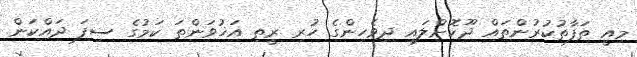
މިއީ ތަފާތުކުރުންތައް ދޫކޮށްލައި ދިވެހިންގެ ހުރި ރީތި އަޚުވަންތަ ކަމުގެ ސިފަ ދައްކަން